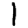
Digit: 1